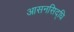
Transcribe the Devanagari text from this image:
आसनसिद्धि